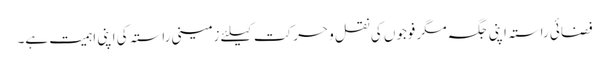
فضائی راستہ اپنی جگہ مگر فوجوں کی نقل و حرکت کیلئے زمینی راستہ کی اپنی اہمیت ہے۔